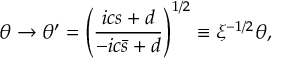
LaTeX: q ^ { \mu } \simeq P { \cdot } q \, n ^ { \mu } - x \, p ^ { \mu } \, ,